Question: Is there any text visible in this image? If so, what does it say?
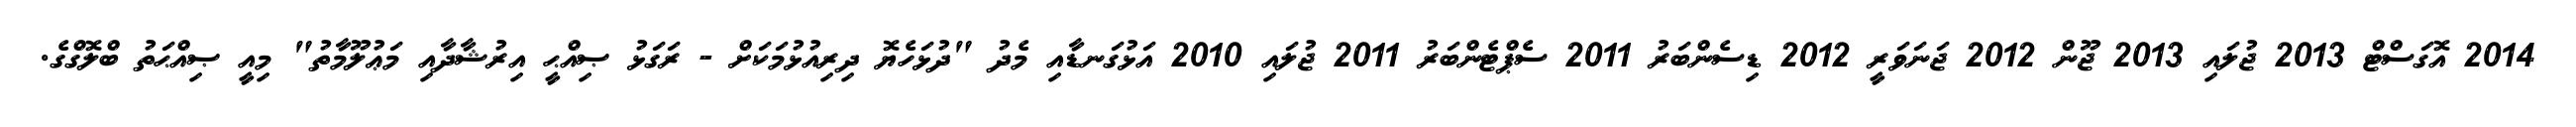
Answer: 2014 އޮގަސްޓް 2013 ޖުލައި 2013 ޖޫން 2012 ޖަނަވަރީ 2012 ޑިސެންބަރު 2011 ސެޕްޓެންބަރު 2011 ޖުލައި 2010 އަޅުގަނޑާއި މެދު "ދުޅަހެޔޮ ދިރިއުޅުމަކަށް - ރަގަޅު ޞިއްޙީ އިރުޝާދާއި މަޢުލޫމާތު" މިއީ ޞިއްޙަތު ބްލޮގްގެ.